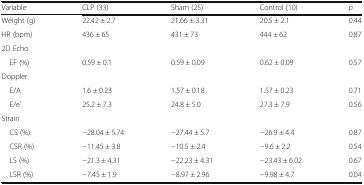
<table><thead><tr><td><b>Variable</b></td><td><b>CLP (33)</b></td><td><b>Sham (25)</b></td><td><b>Control (10)</b></td><td><b><i>p</i></b></td></tr></thead><tbody><tr><td>Weight (g)</td><td>22.42 ± 2.7</td><td>21.66 ± 3.31</td><td>20.5 ± 2.1</td><td>0.44</td></tr><tr><td>HR (bpm)</td><td>436 ± 65</td><td>431 ± 73</td><td>444 ± 62</td><td>0.87</td></tr><tr><td colspan="5">2D Echo</td></tr><tr><td> EF (%)</td><td>0.59 ± 0.1</td><td>0.59 ± 0.09</td><td>0.62 ± 0.09</td><td>0.57</td></tr><tr><td colspan="5">Doppler</td></tr><tr><td> E/A</td><td>1.6 ± 0.23</td><td>1.57 ± 0.18</td><td>1.57 ± 0.23</td><td>0.71</td></tr><tr><td> E/e’</td><td>25.2 ± 7.3</td><td>24.8 ± 5.0</td><td>27.3 ± 7.9</td><td>0.56</td></tr><tr><td colspan="5">Strain</td></tr><tr><td> CS (%)</td><td>−28.04 ± 5.74</td><td>−27.44 ± 5.7</td><td>−26.9 ± 4.4</td><td>0.87</td></tr><tr><td> CSR (%)</td><td>−11.45 ± 3.8</td><td>−10.5 ± 2.4</td><td>−9.6 ± 2.2</td><td>0.54</td></tr><tr><td> LS (%)</td><td>−21.3 ± 4.31</td><td>−22.23 ± 4.31</td><td>−23.43 ± 6.02</td><td>0.67</td></tr><tr><td> LSR (%)</td><td>−7.45 ± 1.9</td><td>−8.97 ± 2.96</td><td>−9.98 ± 4.7</td><td>0.04</td></tr></tbody></table>